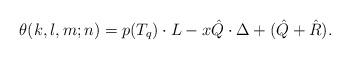
LaTeX: \begin{align*}\theta (k, l, m; n) = p (T_{q}) \cdot L - x \hat{Q} \cdot \Delta + (\hat{Q} + \hat{R}). \end{align*}